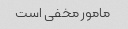
مامور مخفی است